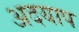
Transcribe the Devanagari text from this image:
अदयाप